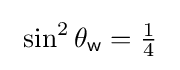
\ \sin ^{2}\theta _{\mathsf {w}}={\tfrac {1}{4}}~